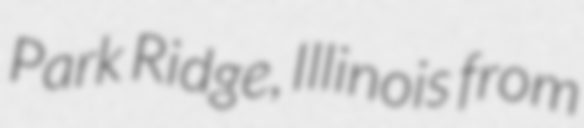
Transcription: Park Ridge, Illinois from